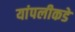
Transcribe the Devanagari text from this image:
यांपलीकडे